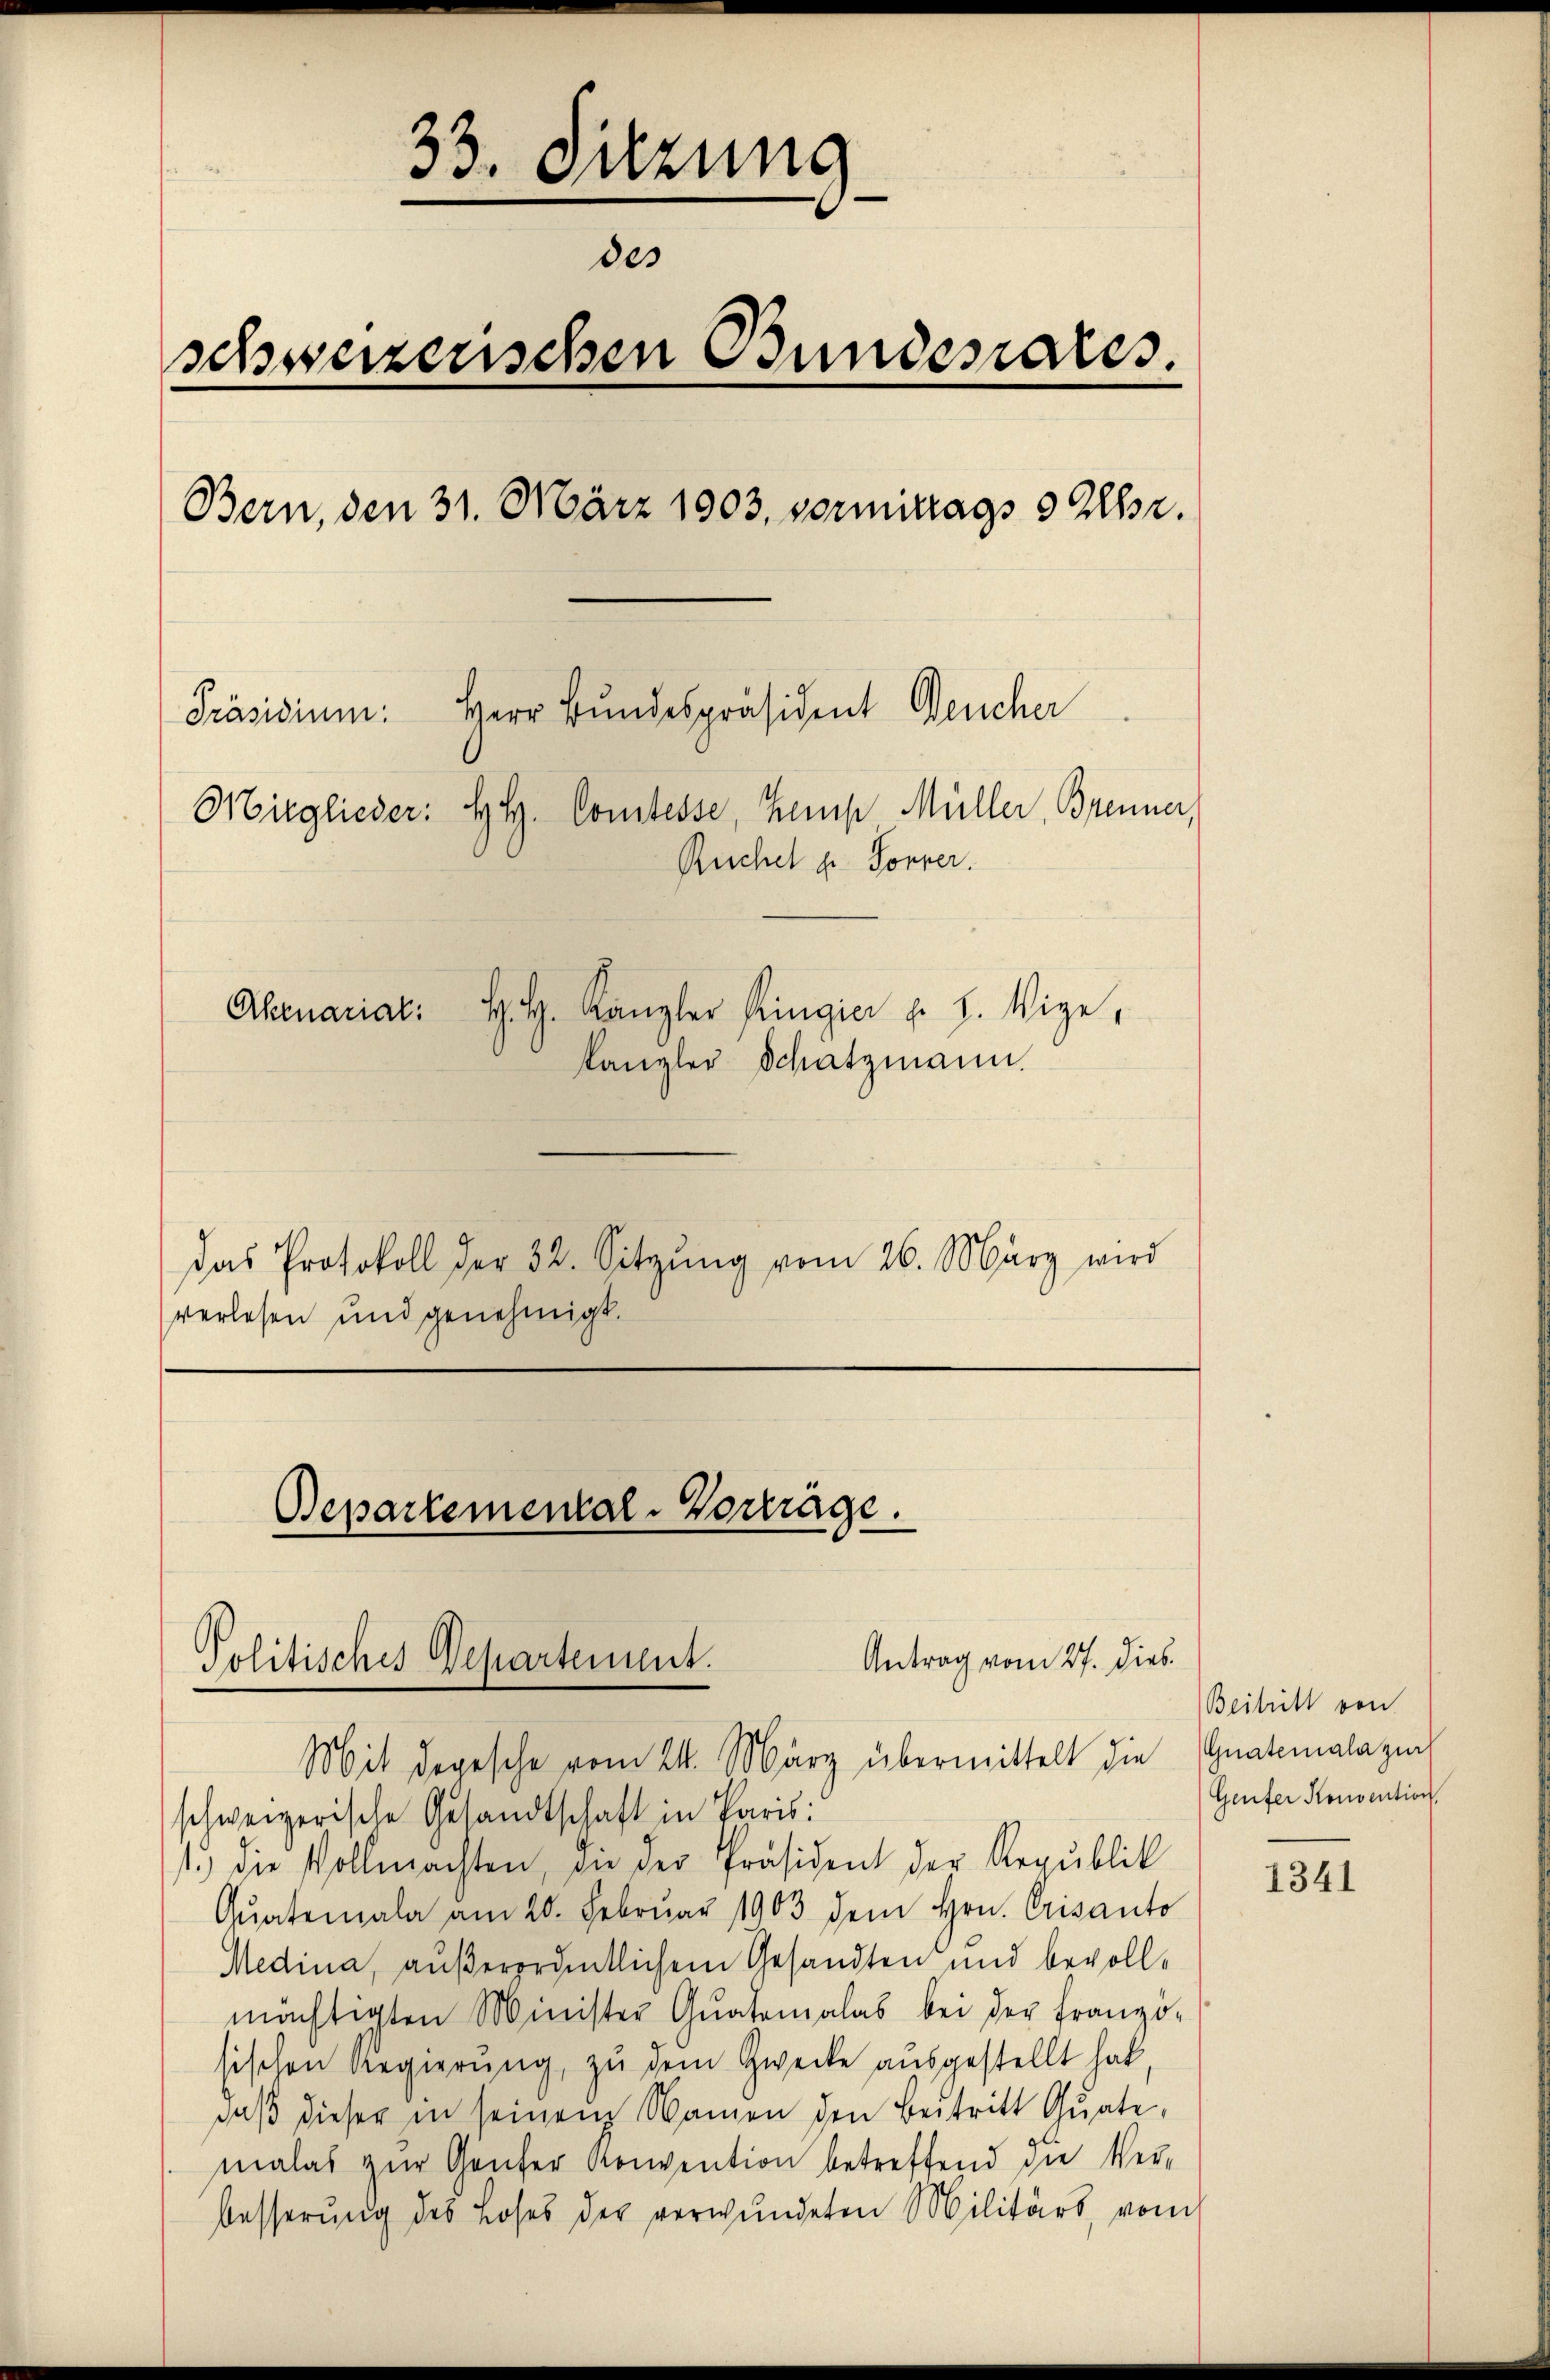
33. Sitzung
des
schweizerischen Bundesrates.
Bern, den 31. März 1903, vormittags 9 Uhr.
Präsidium. Herr Bundespräsident Deucher
Mitglieder: H. Comtesse, Kemp Müller, Brenner,
Ruchel u. Sorrer.
Ahenariat: H. H. Kanzler Ringier p. 2. Vize,
Kanzler Schatzmann.

Das Protokoll der 32. Sitzŭng vom 26. März wird
verlesen und genehmigt.

Departemental-Vorträge.

Antrag vom 27. Dieb.
Politisches Departement.
Mit depesche vom 24. März übermittelt die Gnatimalazin

schweizerische Gesandtschaft in Paris:
1.) die Vollmachten, die der Präsident der Republik
Qŭatemala am 20. Februar 1903 dem Hrn. Crisanto
Medina, außerordentlichem Gesandten und bevollmächtigten Minister Quatemalas bei der Franzö-
sischen Regierung, zu dem Zwecke ausgestellt hat,
daß dieser in seinem Namen den Beitritt Quate,
malas zŭr Genfer Konvention betreffend die Ver-
besserung des Loses der verwundeten Militärs, vom

Beitritt von
Genfer Konvention.

1341